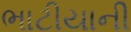
ભાટીયાની